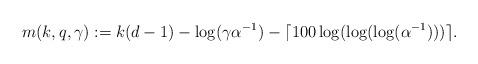
LaTeX: \begin{align*}m(k, q, \gamma):=k(d-1)-\log(\gamma\alpha^{-1})-\lceil{100\log(\log(\log(\alpha^{-1})))}\rceil.\end{align*}